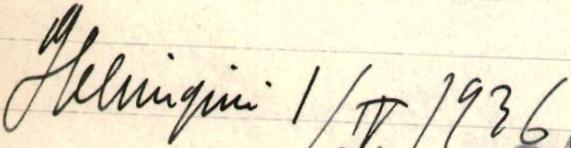
Helsingissä I/IV 1936